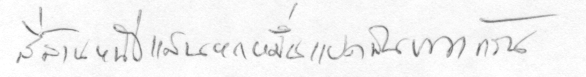
สี่ล้านหนึ่งแสนหกหมื่นแปดพันบาทถ้วน